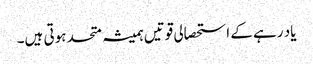
یاد رہے کے استحصالی قوتیں ہمیشہ متحد ہوتی ہیں۔